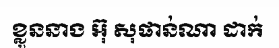
ខ្លួននាង អ៊ុ សុផាន់ណា ដាក់